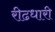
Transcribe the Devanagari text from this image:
रीढधारी